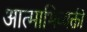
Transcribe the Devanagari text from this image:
आत्माभिव्यक्ती